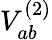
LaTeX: V_{ab}^{(2)}